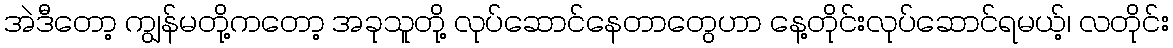
အဲဒီတော့ ကျွန်မတို့ကတော့ အခုသူတို့ လုပ်ဆောင်နေတာတွေဟာ နေ့တိုင်းလုပ်ဆောင်ရမယ့်၊ လတိုင်း